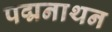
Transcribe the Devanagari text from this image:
पद्मनाथन